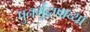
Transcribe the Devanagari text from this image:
पुनर्मुद्रणाच्या